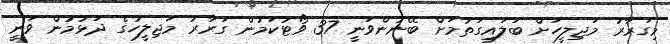
މިގަރާރު މަޖިލީހަށް ބަލައިގަތުމަށް ބޭނުންވަނީ 37 ވޯޓުކަމުން ގަރާރު މަޖިލީހުގެ ދަޅުމުން ވަނީ